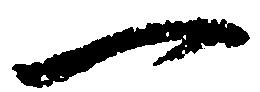
一